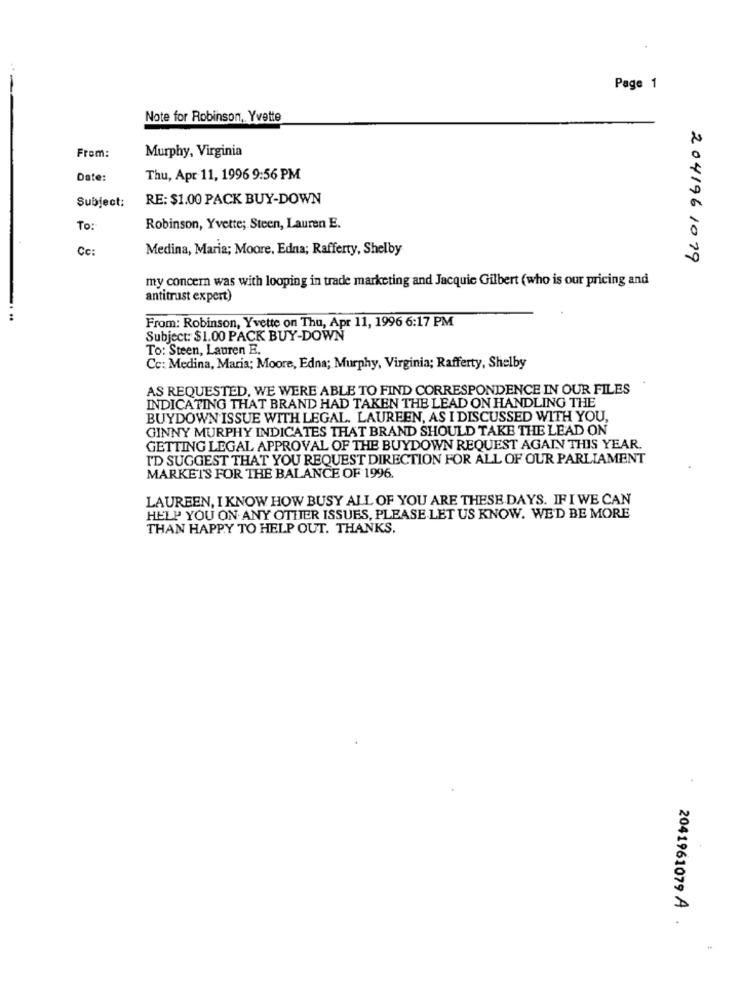
Page 1
Note for Robinson, Yvette
From:
Murphy, Virginia
Date:
Thu, Apr 11, 1996 9:56 PM
Subject:
RE: $1.00 PACK BUY-DOWN
To:
Robinson, Yvette; Steen, Lauren E.
Cc:
Medina, Maria; Moore, Edna; Rafferty, Shelby
2041961079
my concern was with looping in trade marketing and Jacquie Gilbert (who is our pricing and
antitrust expert)
From: Robinson, Yvette on Thu, Apr 11, 1996 6:17 PM
Subject: $1.00 PACK BUY-DOWN
To: Steen, Lauren E.
Cc: Medina, Maria; Moore, Edna; Murphy, Virginia; Rafferty, Shelby
AS REQUESTED, WE WERE ABLE TO FIND CORRESPONDENCE IN OUR FILES
INDICATING THAT BRAND HAD TAKEN THE LEAD ON HANDLING THE
BUYDOWN ISSUE WITH LEGAL. LAUREEN, AS I DISCUSSED WITH YOU,
GINNY MURPHY INDICATES THAT BRAND SHOULD TAKE THE LEAD ON
GETTING LEGAL APPROVAL OF THE BUYDOWN REQUEST AGAIN THIS YEAR.
I'D SUGGEST THAT YOU REQUEST DIRECTION FOR ALL OF OUR PARLIAMENT
MARKETS FOR THE BALANCE OF 1996.
LAUREEN, I KNOW HOW BUSY ALL OF YOU ARE THESE DAYS. IF I WE CAN
HELP YOU ON ANY OTHER ISSUES, PLEASE LET US KNOW. WE'D BE MORE
THAN HAPPY TO HELP OUT. THANKS.
2041961079 A .